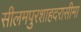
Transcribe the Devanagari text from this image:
सीलमपुरशाहदरासीमा